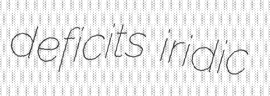
deficits iridic